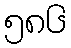
၅၈၆